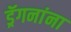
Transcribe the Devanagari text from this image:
ड्रॅगनांना